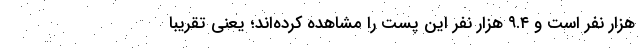
هزار نفر است و ۹.۴ هزار نفر این پست را مشاهده کرده‌اند؛ یعنی تقریبا